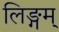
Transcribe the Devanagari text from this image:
लिङ्गम्‌